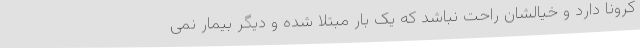
کرونا دارد و خیالشان راحت نباشد که یک بار مبتلا شده و دیگر بیمار نمی